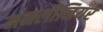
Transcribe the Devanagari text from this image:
ननलीनियर